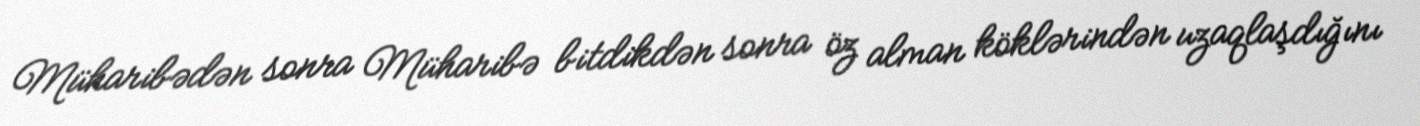
Müharibədən sonra Müharibə bitdikdən sonra öz alman köklərindən uzaqlaşdığını